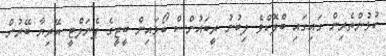
ކުޅުންތެރިން ގައިގައި ބްލޮކްވެ ލިބުނު ރީބައުންސް ބޯޅައިން ބީޖީގެ ޕެނަލްޓީ އޭރިޔާ ބޭރުން